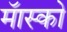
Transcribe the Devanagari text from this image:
मॅास्को